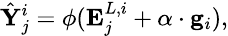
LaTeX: \small\hat{\mathbf{Y}}_{j}^{i}=\phi(\mathbf{E}_{j}^{L,i}+\alpha\cdot\mathbf{g}_{i}),